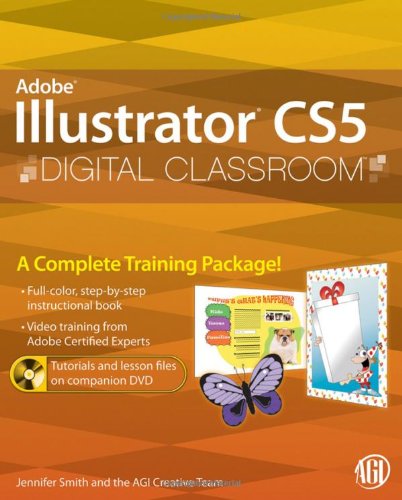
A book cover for Illustrator CS5 Digital Classroom, (Book and Video Training); AGI Creative Team; Computers & Technology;